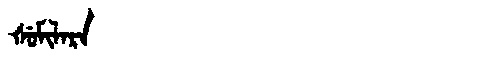
Manchu: ᡧᡠᠮᡳᠯᠠᡵᠠ
Romanization: ŠUMILARA